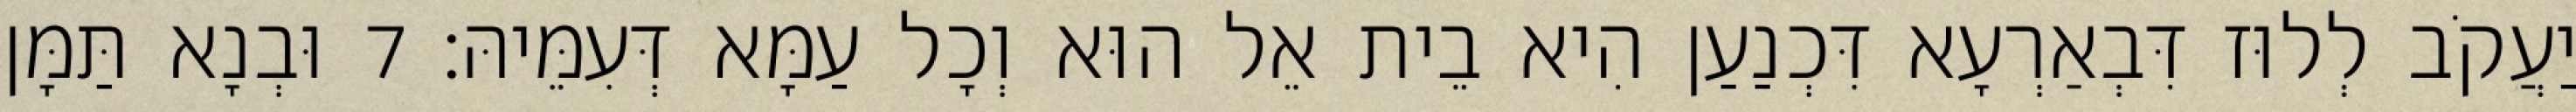
יַעֲקֹב לְלוּז דִּבְאַרְעָא דִּכְנַעַן הִיא בֵית אֵל הוּא וְכָל עַמָּא דְּעִמֵּיהּ׃ 7 וּבְנָא תַּמָּן